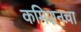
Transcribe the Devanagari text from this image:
कमिशनचा